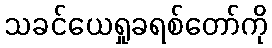
သခင်ယေရှုခရစ်တော်ကို